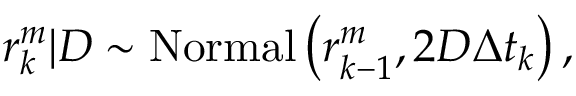
\boldsymbol { r } _ { k } ^ { m } | D \sim \mathrm { N o r m a l } \left( \boldsymbol { r } _ { k - 1 } ^ { m } , 2 D \Delta t _ { k } \right) ,